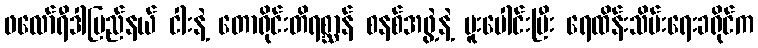
ဖလော်ရီဒါပြည်နယ် ငါးနဲ့ တောရိုင်းတိရစ္ဆာန် စနစ်အဖွဲ့နဲ့ ပူးပေါင်းပြီး ရေထိန်းသိမ်းရေးခရိုင်က